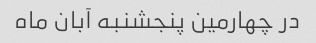
در چهارمین پنجشنبه آبان ماه